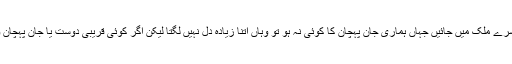
مثال کےطور پر جب ہم کسی دوسرے ملک میں جائیں جہاں ہماری جان پہچان کا کوئی نہ ہو تو وہاں اتنا زیادہ دل نہیں لگتا لیکن اگر کوئی قریبی دوست یا جان پہچان والا مل جائے تو دل لگ جاتا ہے۔